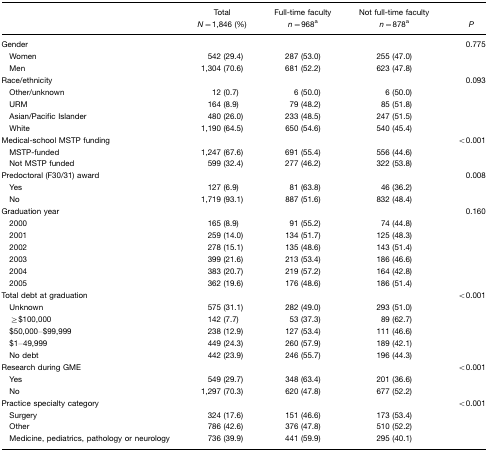
<table><thead><tr><td></td><td><b>Total <i>N</i>=1,846 (%)</b></td><td><b>Full-time faculty <i>n</i>=968a</b></td><td><b>Not full-time faculty <i>n</i>=878a</b></td><td><b><i>P</i></b></td></tr></thead><tbody><tr><td>Gender</td><td></td><td></td><td></td><td>0.775</td></tr><tr><td> Women</td><td>542 (29.4)</td><td>287 (53.0)</td><td>255 (47.0)</td><td></td></tr><tr><td> Men</td><td>1,304 (70.6)</td><td>681 (52.2)</td><td>623 (47.8)</td><td></td></tr><tr><td>Race/ethnicity</td><td></td><td></td><td></td><td>0.093</td></tr><tr><td> Other/unknown</td><td>12 (0.7)</td><td>6 (50.0)</td><td>6 (50.0)</td><td></td></tr><tr><td> URM</td><td>164 (8.9)</td><td>79 (48.2)</td><td>85 (51.8)</td><td></td></tr><tr><td> Asian/Pacific Islander</td><td>480 (26.0)</td><td>233 (48.5)</td><td>247 (51.5)</td><td></td></tr><tr><td> White</td><td>1,190 (64.5)</td><td>650 (54.6)</td><td>540 (45.4)</td><td></td></tr><tr><td>Medical-school MSTP funding</td><td></td><td></td><td></td><td>&lt;0.001</td></tr><tr><td> MSTP-funded</td><td>1,247 (67.6)</td><td>691 (55.4)</td><td>556 (44.6)</td><td></td></tr><tr><td> Not MSTP funded</td><td>599 (32.4)</td><td>277 (46.2)</td><td>322 (53.8)</td><td></td></tr><tr><td>Predoctoral (F30/31) award</td><td></td><td></td><td></td><td>0.008</td></tr><tr><td> Yes</td><td>127 (6.9)</td><td>81 (63.8)</td><td>46 (36.2)</td><td></td></tr><tr><td> No</td><td>1,719 (93.1)</td><td>887 (51.6)</td><td>832 (48.4)</td><td></td></tr><tr><td>Graduation year</td><td></td><td></td><td></td><td>0.160</td></tr><tr><td> 2000</td><td>165 (8.9)</td><td>91 (55.2)</td><td>74 (44.8)</td><td></td></tr><tr><td> 2001</td><td>259 (14.0)</td><td>134 (51.7)</td><td>125 (48.3)</td><td></td></tr><tr><td> 2002</td><td>278 (15.1)</td><td>135 (48.6)</td><td>143 (51.4)</td><td></td></tr><tr><td> 2003</td><td>399 (21.6)</td><td>213 (53.4)</td><td>186 (46.6)</td><td></td></tr><tr><td> 2004</td><td>383 (20.7)</td><td>219 (57.2)</td><td>164 (42.8)</td><td></td></tr><tr><td> 2005</td><td>362 (19.6)</td><td>176 (48.6)</td><td>186 (51.4)</td><td></td></tr><tr><td>Total debt at graduation</td><td></td><td></td><td></td><td>&lt;0.001</td></tr><tr><td> Unknown</td><td>575 (31.1)</td><td>282 (49.0)</td><td>293 (51.0)</td><td></td></tr><tr><td> ≥$100,000</td><td>142 (7.7)</td><td>53 (37.3)</td><td>89 (62.7)</td><td></td></tr><tr><td> $50,000–$99,999</td><td>238 (12.9)</td><td>127 (53.4)</td><td>111 (46.6)</td><td></td></tr><tr><td> $1–49,999</td><td>449 (24.3)</td><td>260 (57.9)</td><td>189 (42.1)</td><td></td></tr><tr><td> No debt</td><td>442 (23.9)</td><td>246 (55.7)</td><td>196 (44.3)</td><td></td></tr><tr><td>Research during GME</td><td></td><td></td><td></td><td>&lt;0.001</td></tr><tr><td> Yes</td><td>549 (29.7)</td><td>348 (63.4)</td><td>201 (36.6)</td><td></td></tr><tr><td> No</td><td>1,297 (70.3)</td><td>620 (47.8)</td><td>677 (52.2)</td><td></td></tr><tr><td>Practice specialty category</td><td></td><td></td><td></td><td>&lt;0.001</td></tr><tr><td> Surgery</td><td>324 (17.6)</td><td>151 (46.6)</td><td>173 (53.4)</td><td></td></tr><tr><td> Other</td><td>786 (42.6)</td><td>376 (47.8)</td><td>510 (52.2)</td><td></td></tr><tr><td> Medicine, pediatrics, pathology or neurology</td><td>736 (39.9)</td><td>441 (59.9)</td><td>295 (40.1)</td><td></td></tr></tbody></table>